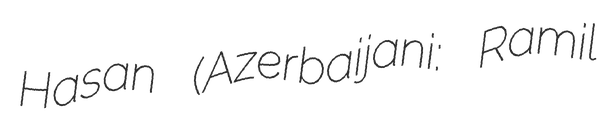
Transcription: Hasan (Azerbaijani: Ramil